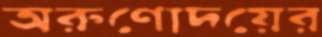
অরুণোদয়ের